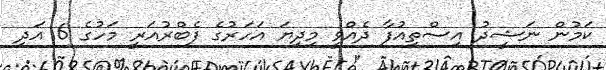
ކަމުން ނަޝީދު އިސްތިއުފާ ދެއްވީ މިދިޔަ އަހަރުގެ ފެބްރުއަރީ މަހުގެ 6 އަދި